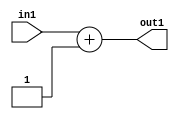
`timescale 1ps / 1ps
/*****************************************************************************
    Verilog RTL Description
    
    
    Created by: Stratus DpOpt 2019.1.01 
*******************************************************************************/

module st_feature_addr_gen_Add2i1u8_4_3 (
	in1,
	out1
	); /* architecture "behavioural" */ 
input [7:0] in1;
output [8:0] out1;
wire [8:0] asc001;

assign asc001 = 
	+(in1)
	+(9'B000000001);

assign out1 = asc001;
endmodule

/* CADENCE  ubDyQg4= : u9/ySgnWtBlWxVPRXgAZ4Og= ** DO NOT EDIT THIS LINE ******/